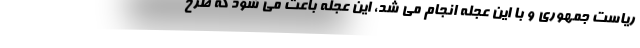
ریاست جمهوری و با این عجله انجام می شد، این عجله باعث می شود که طرح